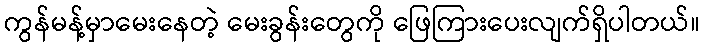
ကွန်မန့်မှာမေးနေတဲ့ မေးခွန်းတွေကို ဖြေကြားပေးလျက်ရှိပါတယ်။